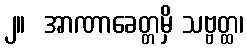
၂။  အာဏာခေတ္တမှိ သဗ္ဗတ္ထ၊